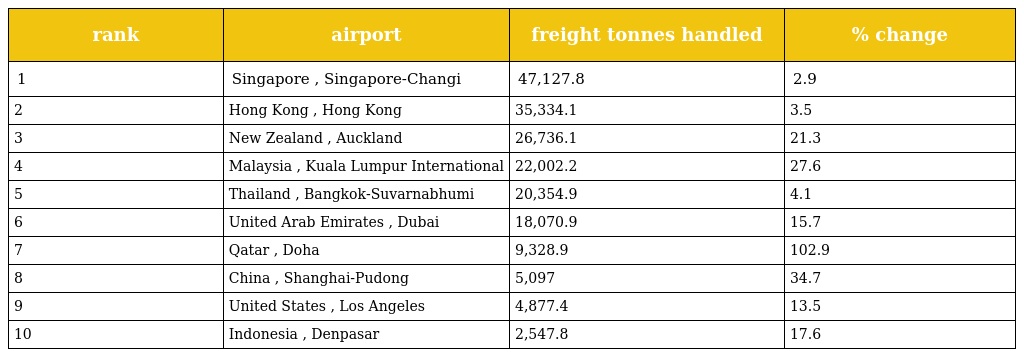
| rank | airport | freight tonnes handled | % change |
 | --- | --- | --- | --- |
 | 1 | Singapore , Singapore-Changi | 47,127.8 | 2.9 |
 | 2 | Hong Kong , Hong Kong | 35,334.1 | 3.5 |
 | 3 | New Zealand , Auckland | 26,736.1 | 21.3 |
 | 4 | Malaysia , Kuala Lumpur International | 22,002.2 | 27.6 |
 | 5 | Thailand , Bangkok-Suvarnabhumi | 20,354.9 | 4.1 |
 | 6 | United Arab Emirates , Dubai | 18,070.9 | 15.7 |
 | 7 | Qatar , Doha | 9,328.9 | 102.9 |
 | 8 | China , Shanghai-Pudong | 5,097 | 34.7 |
 | 9 | United States , Los Angeles | 4,877.4 | 13.5 |
 | 10 | Indonesia , Denpasar | 2,547.8 | 17.6 |